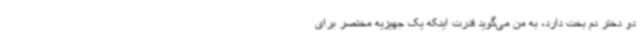
دو دختر دم بخت دارد، به من می‌گوید قدرت اینکه یک جهیزیه مختصر برای